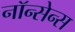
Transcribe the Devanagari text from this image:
नॉन्सेन्स